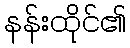
နန်းထိုင်၏